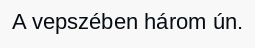
A vepszében három ún.